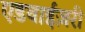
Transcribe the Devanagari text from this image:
एडवाईज़री